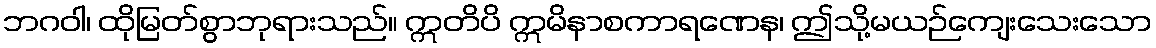
ဘဂဝါ၊ ထိုမြတ်စွာဘုရားသည်။ ဣတိပိ ဣမိနာစကာရဏေန၊ ဤသို့မယဉ်ကျေးသေးသော